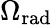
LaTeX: \Omega_{\mathrm{rad}}